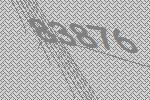
83876